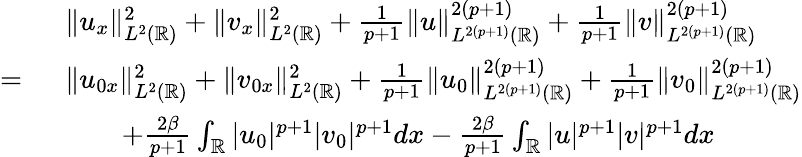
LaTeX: \begin{array}{rl}&{\| u_{x}\| _{L^{2}(\mathbb{R})}^{2}+\| v_{x}\| _{L^{2}(\mathbb{R})}^{2}+\frac{1}{p+1}\| u\| _{L^{2(p+1)}(\mathbb{R})}^{2(p+1)}+\frac{1}{p+1}\| v\| _{L^{2(p+1)}(\mathbb{R})}^{2(p+1)}}\\ {=\ }&{\| u_{0x}\| _{L^{2}(\mathbb{R})}^{2}+\| v_{0x}\| _{L^{2}(\mathbb{R})}^{2}+\frac{1}{p+1}\| u_{0}\| _{L^{2(p+1)}(\mathbb{R})}^{2(p+1)}+\frac{1}{p+1}\| v_{0}\| _{L^{2(p+1)}(\mathbb{R})}^{2(p+1)}}\\ &{\qquad+\frac{2\beta}{p+1}\int_{\mathbb{R}}|u_{0}|^{p+1}|v_{0}|^{p+1}dx-\frac{2\beta}{p+1}\int_{\mathbb{R}}|u|^{p+1}|v|^{p+1}dx}\end{array}